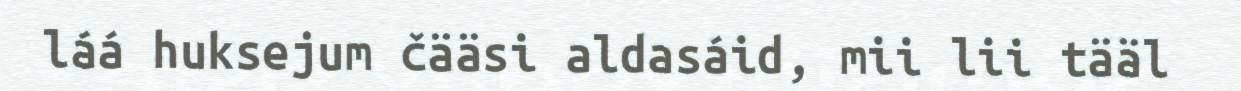
láá huksejum čääsi aldasáid, mii lii tääl